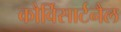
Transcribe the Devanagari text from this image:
कौर्विसार्टनैल